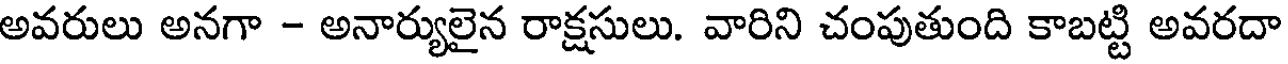
అవరులు అనగా - అనార్యులైన రాక్షసులు. వారిని చంపుతుంది కాబట్టి అవరదా